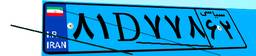
۶۷D۲۴۵۴۱